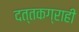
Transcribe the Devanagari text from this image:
दत्तकग्राही